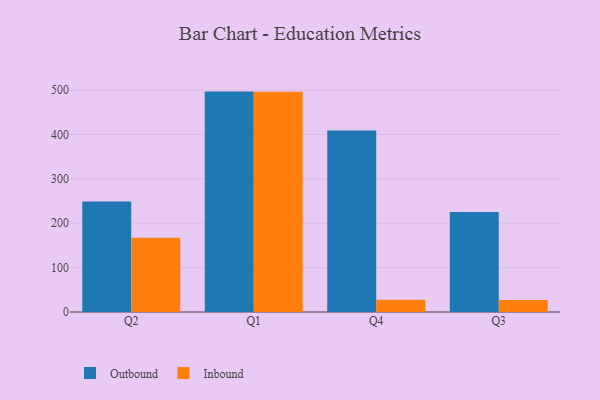
{"axis": {"x": "Quarter", "y": "Headcount"}, "legend": ["Inbound", "Outbound"], "data": [{"x": "Q2", "y": 248.9, "type": "Outbound"}, {"x": "Q2", "y": 167.3, "type": "Inbound"}, {"x": "Q1", "y": 496.4, "type": "Outbound"}, {"x": "Q1", "y": 495.8, "type": "Inbound"}, {"x": "Q4", "y": 408.8, "type": "Outbound"}, {"x": "Q4", "y": 27.4, "type": "Inbound"}, {"x": "Q3", "y": 225.2, "type": "Outbound"}, {"x": "Q3", "y": 27.1, "type": "Inbound"}]}